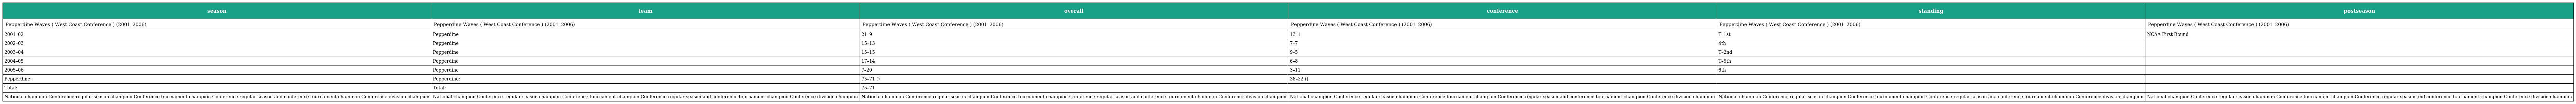
| season | team | overall | conference | standing | postseason |
 | --- | --- | --- | --- | --- | --- |
 | Pepperdine Waves ( West Coast Conference ) (2001–2006) | Pepperdine Waves ( West Coast Conference ) (2001–2006) | Pepperdine Waves ( West Coast Conference ) (2001–2006) | Pepperdine Waves ( West Coast Conference ) (2001–2006) | Pepperdine Waves ( West Coast Conference ) (2001–2006) | Pepperdine Waves ( West Coast Conference ) (2001–2006) |
 | 2001–02 | Pepperdine | 21–9 | 13–1 | T–1st | NCAA First Round |
 | 2002–03 | Pepperdine | 15–13 | 7–7 | 4th |  |
 | 2003–04 | Pepperdine | 15–15 | 9–5 | T–2nd |  |
 | 2004–05 | Pepperdine | 17–14 | 6–8 | T–5th |  |
 | 2005–06 | Pepperdine | 7–20 | 3–11 | 8th |  |
 | Pepperdine: | Pepperdine: | 75–71 () | 38–32 () |  |  |
 | Total: | Total: | 75–71 |  |  |  |
 | National champion Conference regular season champion Conference tournament champion Conference regular season and conference tournament champion Conference division champion | National champion Conference regular season champion Conference tournament champion Conference regular season and conference tournament champion Conference division champion | National champion Conference regular season champion Conference tournament champion Conference regular season and conference tournament champion Conference division champion | National champion Conference regular season champion Conference tournament champion Conference regular season and conference tournament champion Conference division champion | National champion Conference regular season champion Conference tournament champion Conference regular season and conference tournament champion Conference division champion | National champion Conference regular season champion Conference tournament champion Conference regular season and conference tournament champion Conference division champion |